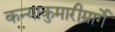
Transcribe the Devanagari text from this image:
कन्याकुमारीमार्गे